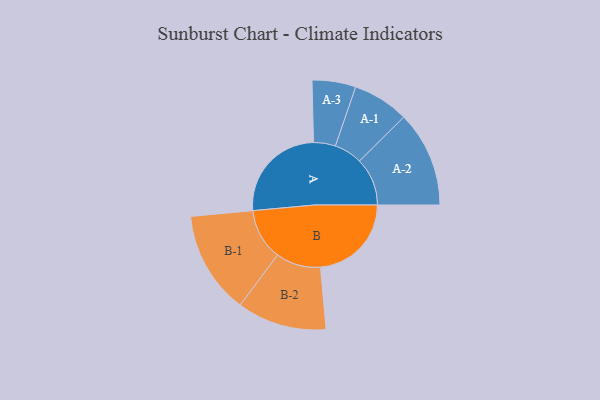
{"axis": {"x": "Segment", "y": "Value"}, "legend": ["", "A", "B"], "data": [{"x": "A", "y": 493, "type": ""}, {"x": "B", "y": 446, "type": ""}, {"x": "A-1", "y": 138, "type": "A"}, {"x": "A-2", "y": 235, "type": "A"}, {"x": "A-3", "y": 107, "type": "A"}, {"x": "B-1", "y": 252, "type": "B"}, {"x": "B-2", "y": 220, "type": "B"}]}